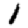
Digit: 1